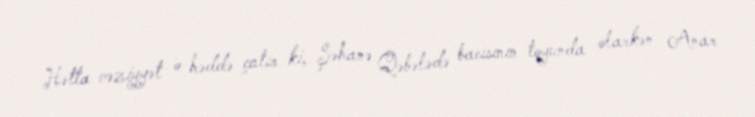
Hətta vəziyyət o həddə çatır ki, Şəhanə Qəbələdə bacısının toyunda olarkən Anar